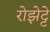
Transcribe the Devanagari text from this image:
रोझेट्टे